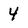
Character: 4